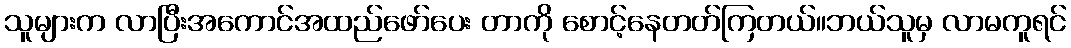
သူများက လာပြီးအကောင်အထည်ဖော်ပေး တာကို စောင့်နေတတ်ကြတယ်။ဘယ်သူမှ လာမကူရင်